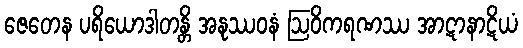
ဇေတေန ပရိယောဒါတန္တိ အနုဿဝနံ ဩဝိကရဏဿ အာဋာနာဋိယံ